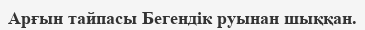
Арғын тайпасы Бегендік руынан шыққан.